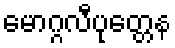
မောဂ္ဂလီပုတ္တေန